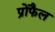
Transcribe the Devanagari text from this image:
प्रोफैल